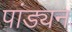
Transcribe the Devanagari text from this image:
पांड्यन